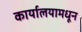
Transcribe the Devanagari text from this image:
कार्यालयामधून